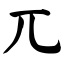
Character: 兀